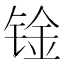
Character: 𰾑